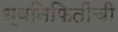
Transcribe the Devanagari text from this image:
ध्वनिफितींची